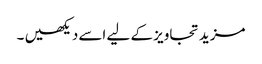
مزید تجاویز کے لیے اسے دیکھیں ۔